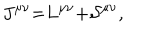
J ^ { \mu \nu } \mathcal { = } L ^ { \mu \nu } \mathcal { + S } ^ { \mu \nu } ,